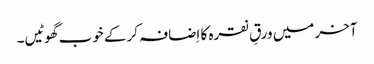
آخر میں ورقِ نقرہ کا اِضافہ کر کے خوب گھوٹیں۔